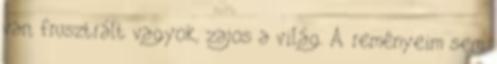
van, frusztrált vagyok, zajos a világ. A reményeim sem